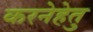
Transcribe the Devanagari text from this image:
करनेहेतु